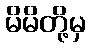
မိမိတို့မှ